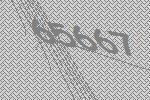
65667